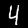
Digit: 4